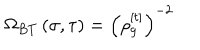
LaTeX: \Omega _ { B T } \left( \sigma , \tau \right) = \left( \rho _ { g } ^ { [ t ] } \right) ^ { - 2 }